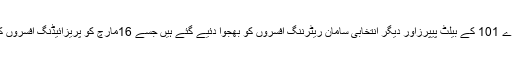
ذرائع کے مطابق این اے 101 کے بیلٹ پیپرزاور دیگر انتخابی سامان ریٹرننگ افسروں کو بھجوا دئیے گئے ہیں جسے 16مارچ کو پریزائیڈنگ افسروں کے حوالے کیا جائیگا ۔